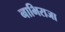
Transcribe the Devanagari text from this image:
नाभिराजा